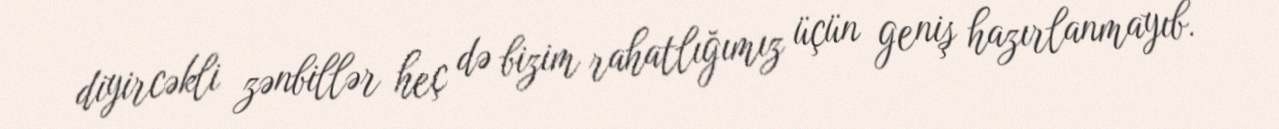
diyircəkli zənbillər heç də bizim rahatlığımız üçün geniş hazırlanmayıb.